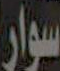
سوار